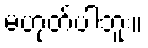
မဟုတ်ပါဘူး။